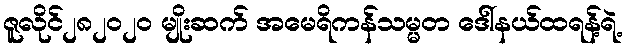
ဇူလိုင်၂၈၂၀၂၀ မျိုးဆက် အမေရိကန်သမ္မတ ဒေါ်နယ်ထရန့်ရဲ့